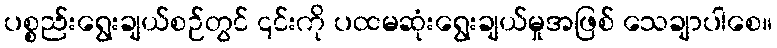
ပစ္စည်းရွေးချယ်စဉ်တွင် ၎င်းကို ပထမဆုံးရွေးချယ်မှုအဖြစ် သေချာပါစေ။